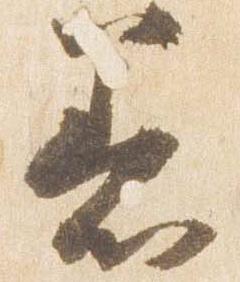
着